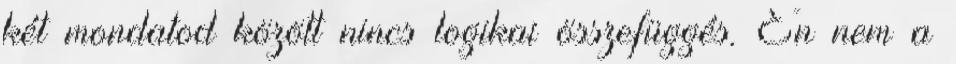
két mondatod között nincs logikai összefüggés. Én nem a